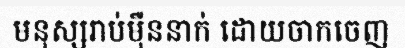
មនុស្សរាប់ម៉ឺននាក់ ដោយចាកចេញ